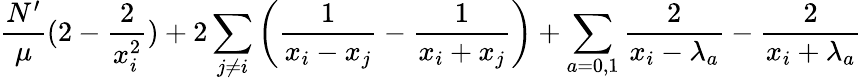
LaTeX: \frac{N^{\prime}}{\mu}(2-\frac 2{x_{i}^{2}})+2\sum_{j\neq i}\left(\frac 1{x_{i}-x_{j}}-\frac 1{x_{i}+x_{j}}\right)+\sum_{a=0,1}\frac 2{x_{i}-\lambda_{a}}-\frac 2{x_{i}+\lambda_{a}}